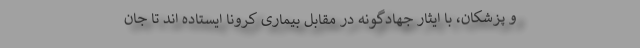
و پزشکان، با ایثار جهادگونه در مقابل بیماری کرونا ایستاده اند تا جان